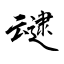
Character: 叇